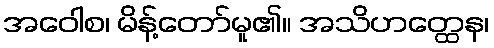
အဝေါစ၊ မိန့်တော်မူ၏။ အသိဟတ္ထေန၊